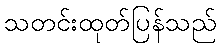
သတင်းထုတ်ပြန်သည်